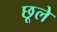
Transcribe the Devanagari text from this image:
छूले